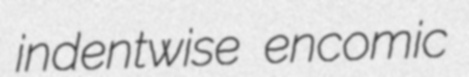
indentwise encomic